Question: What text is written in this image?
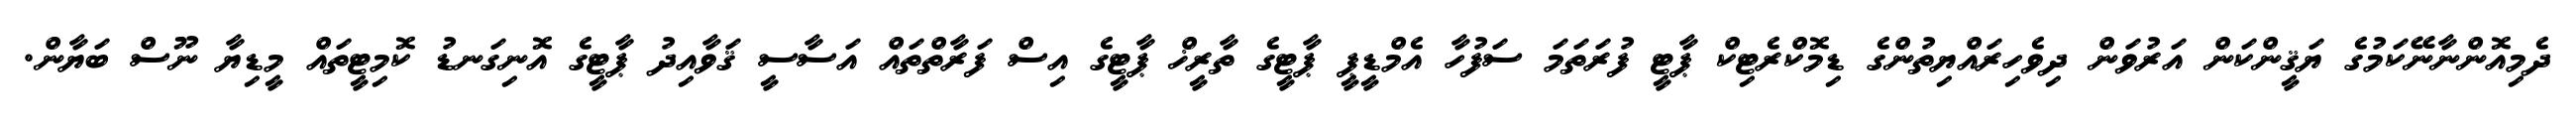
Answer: ދެމިއޮންނާނޭކަމުގެ ޔަޤީންކަން އަރުވަން ދިވެހިރައްޔިތުންގެ ޑިމޮކްރެޓިކް ޕާޓީ ފުރަތަމަ ސަފުހާ އެމްޑީޕީ ޕާޓީގެ ތާރީޚް ޕާޓީގެ އިސް ފަރާތްތައް އަސާސީ ޤަވާއިދު ޕާޓީގެ އޮނިގަނޑު ކޮމިޓީތައް މީޑިޔާ ނޫސް ބަޔާން.